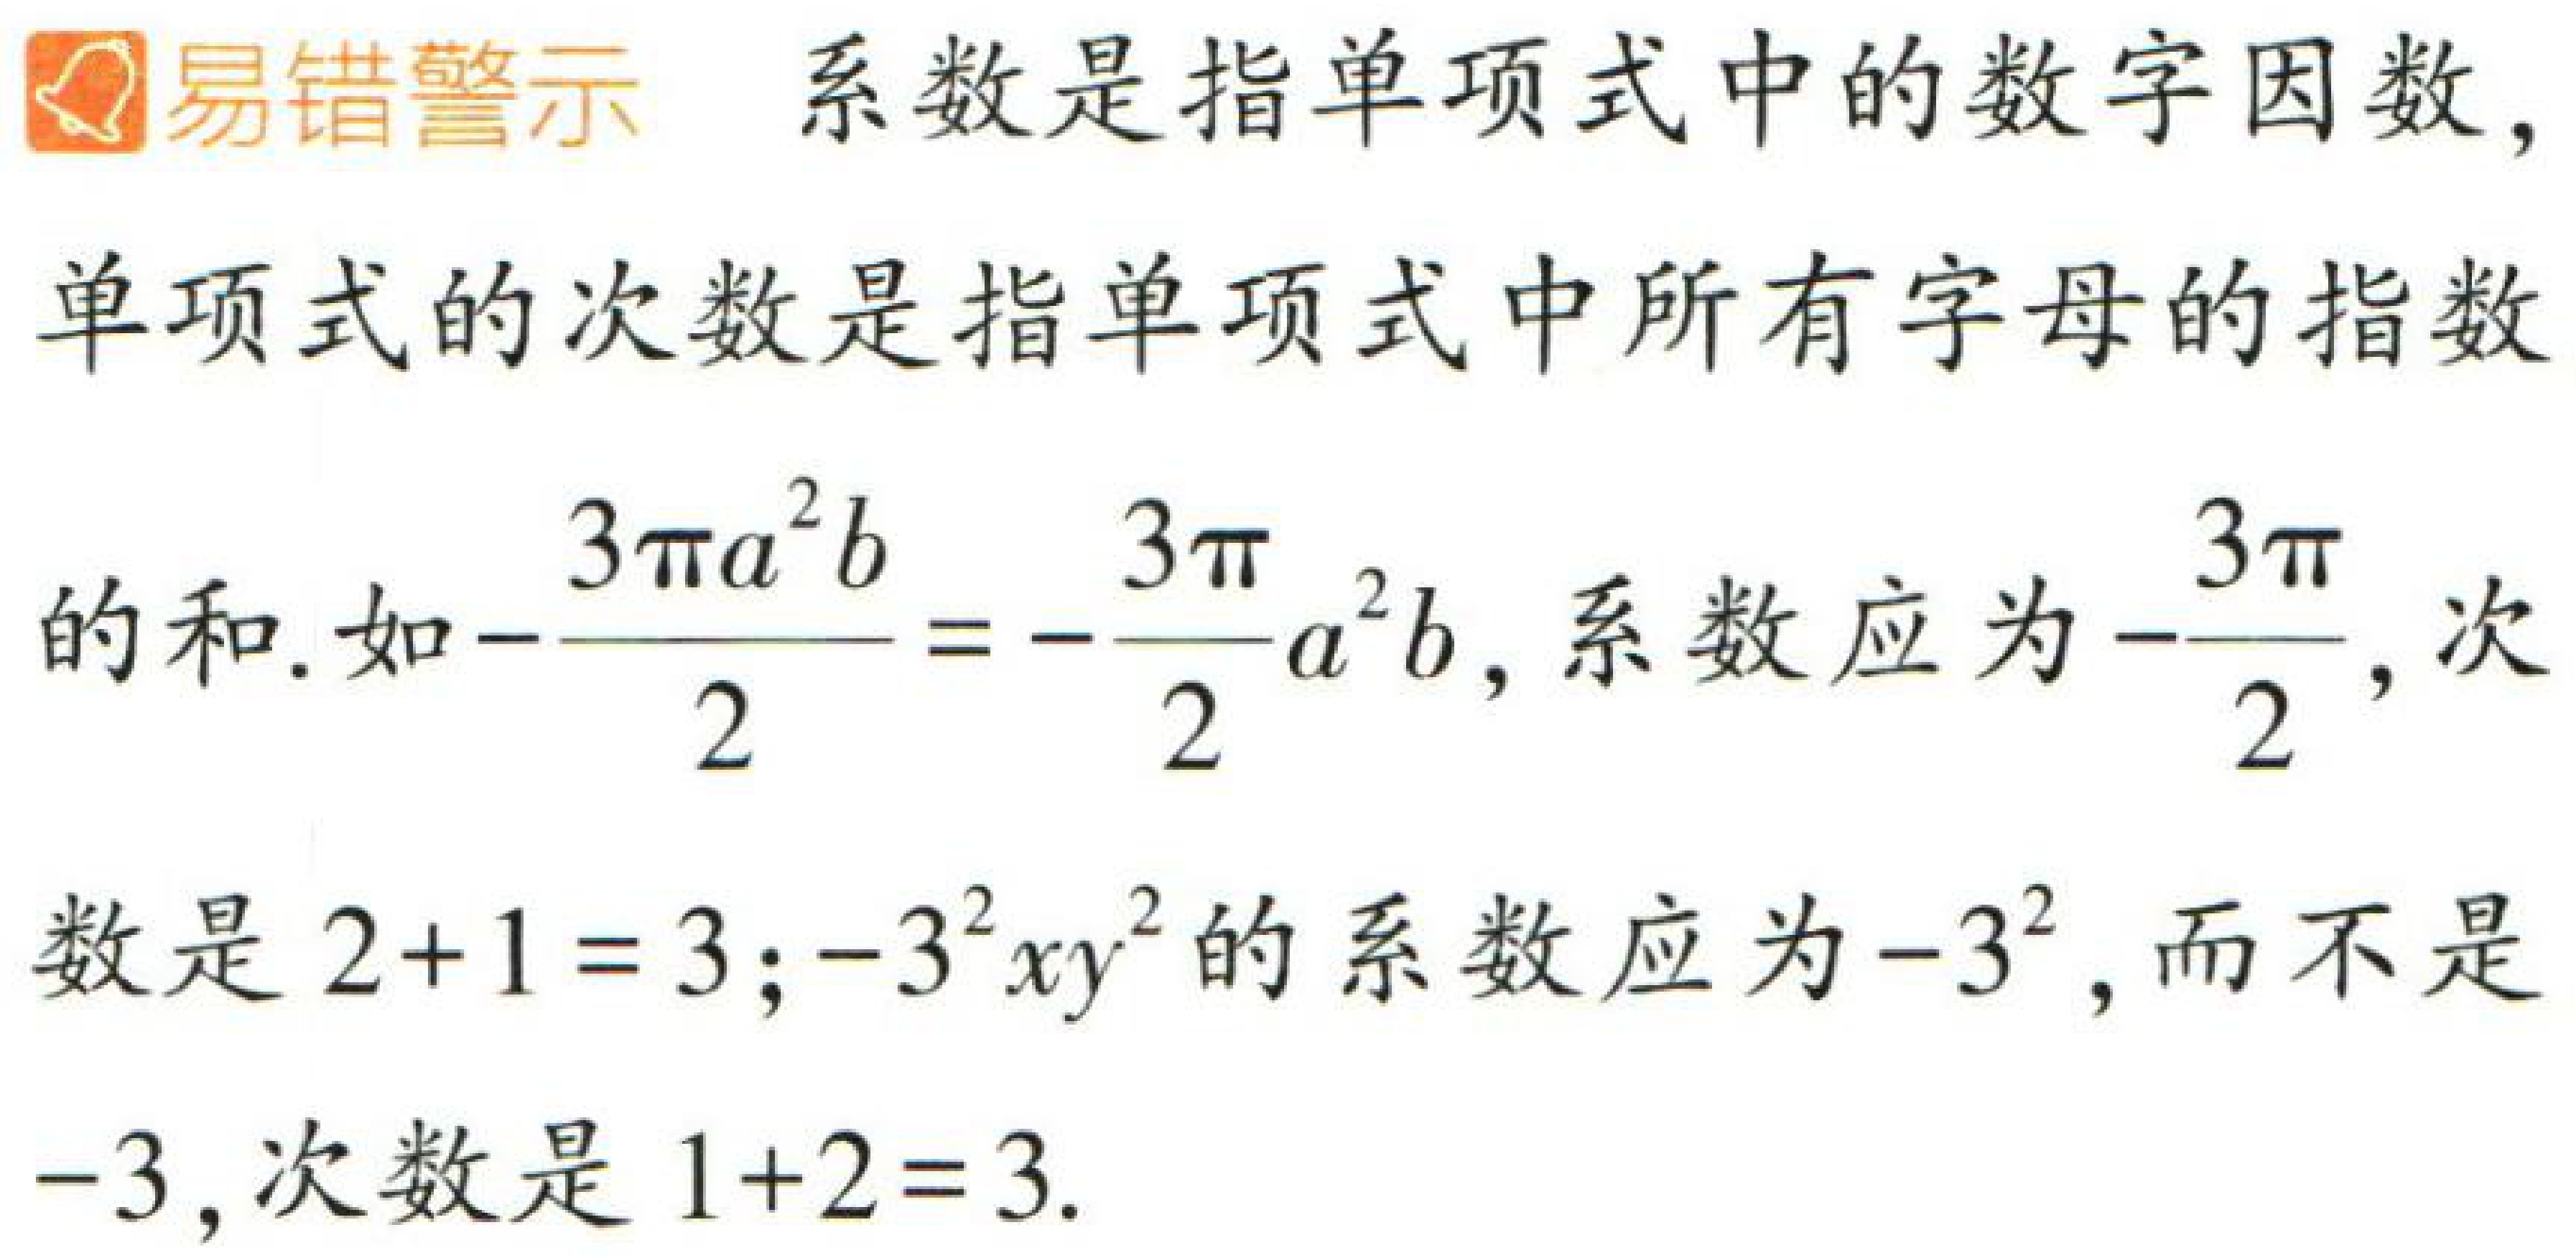
易错警示 系数是指单项式中的数字因数,

单项式的次数是指单项式中所有字母的指数

的和.如\(-\frac{3\pi a^{2}b}{2}=-\frac{3\pi}{2}a^{2}b\), 系数应为\(-\frac{3\pi}{2}\), 次

数是 \(2 + 1 = 3\); \(-3^{2}xy^{2}\)的系数应为\(-3^{2}\), 而不是

\(-3\), 次数是 \(1 + 2 = 3\).